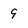
Character: 9